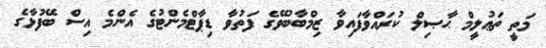
މަތީ ތަޢުލީމް ޙާޞިލް ކުރައްވާފައިވާ ޒިމްބާބުވޭގެ ފަތުވާ ޑިޕާޓްމެންޓުގެ އެންމެ އިސް ބޭފުޅާގެ